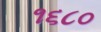
૧૬૮૦